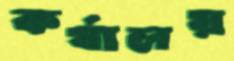
কর্যালয়